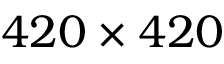
4 2 0 \times 4 2 0